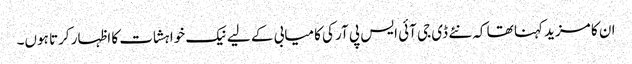
ان کا مزید کہنا تھا کہ نئے ڈی جی آئی ایس پی آر کی کامیابی کے لیے نیک خواہشات کا اظہار کرتا ہوں۔